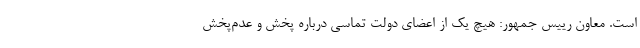
است. معاون رییس جمهور: هیچ یک از اعضای دولت تماسی درباره پخش و عدم‌پخش